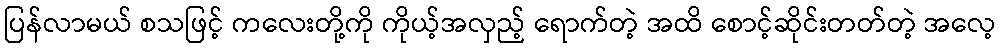
ပြန်လာမယ် စသဖြင့် ကလေးတို့ကို ကိုယ့်အလှည့် ရောက်တဲ့ အထိ စောင့်ဆိုင်းတတ်တဲ့ အလေ့